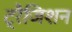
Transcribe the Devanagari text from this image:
ट्रैजिशन